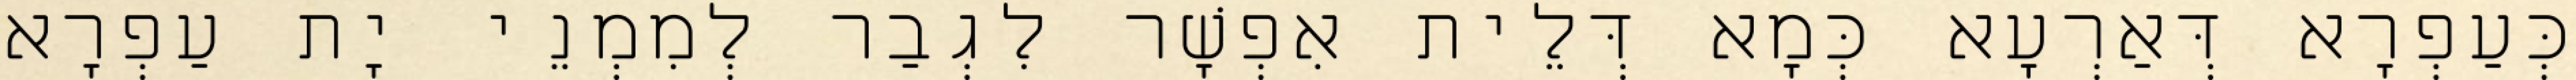
כְּעַפְרָא דְּאַרְעָא כְּמָא דְּלֵית אִפְשָׁר לִגְבַר לְמִמְנֵי יָת עַפְרָא